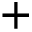
+